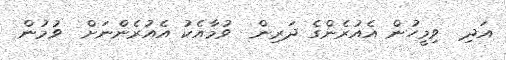
އަދި  ވިމީހުން އެއުރެންގެ ދަރިން  ވުމާއެކު އެއުރެންނަށް  ވުމުން